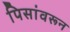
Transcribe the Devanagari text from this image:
पिसांवरून